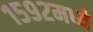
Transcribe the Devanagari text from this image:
१५९२मध्ये